Vaccination in Bombay 1924-1928 - 1924-1928
Year: 1924
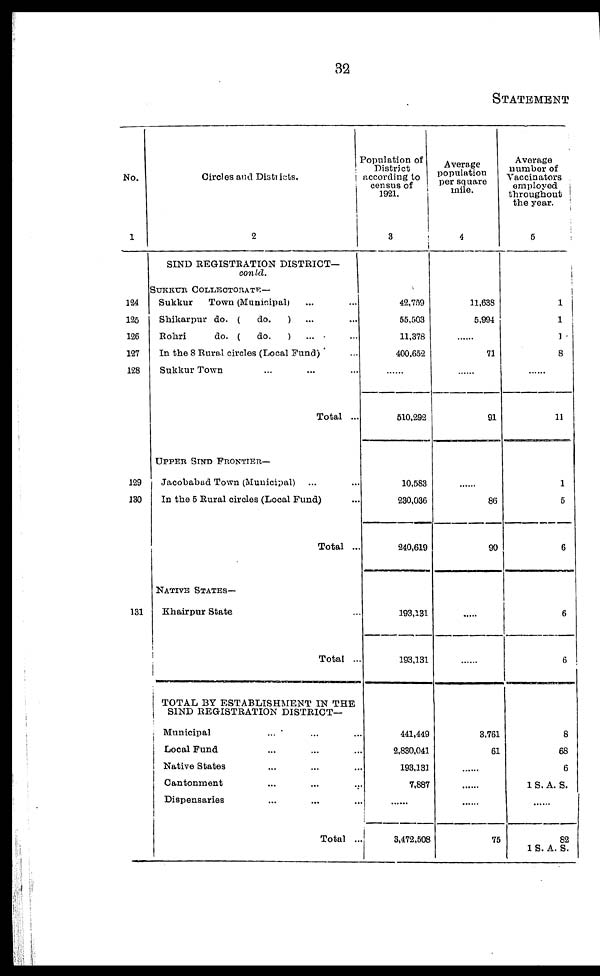
32
STATEMENT
No.
1
124
126
126
127
128
129
130
131
Circles and Districts.
2
SIND REGISTRATION DISTRICT—
conld.
SUKKUR COLLECTORATE—
Sukkur
Town (Municipal) ... ...
Shikarpur do. (
do.
) ... ...
Rohri
do. (
do.
) ... ...
In the 8 Rural circles (Local Fund) ...
Sukkur Town ... ...
Total ...
UPPER SIND FRONTIER—
Jacobabad Town (Municipal) ... ...
In the 5 Rural circles (Local Fund) ...
Total ...
NATIVE STATES—
Khairpur State ...
Total ...
TOTAL BY ESTABLISHMENT IN THE
SIND REGISTRATION DISTRICT—
Municipal
... ... ...
Local Fund ... ... ...
Native States ... ... ...
Cantonment ... ... ...
Dispensaries ... ... ...
Total ...
Population of
District
according to
census of
1921.
3
42,759
55,503
11,378
400,652
......
510,292
10,583
230,036
240,619
193,131
193,131
441,449
2,830,041
193,131
7,887
......
3,472,508
Average
population
per square
mile.
4
11,638
5,994
......
71
......
91
......
86
90
.
......
3,761
61
......
......
......
75
Average
number of
Vaccinators
employed
throughout
the year.
5
1
1
1
8
......
11
1
5
6
6
6
8
68
6
1 S. A. S.
......
82
1 S. A. S.